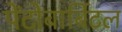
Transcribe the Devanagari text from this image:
पेंटोबार्बिटल